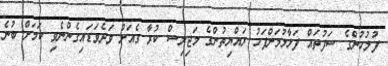
ފުލުހުންގެ ސަފުތައް ފަޅާލުމަށްފަހު ރައްޔިތުންގެ މަޖިލިސް ކުރާ ގެއަށް ވަދެވަޑައިގެންނެވި ކަމަށް ބުނެ